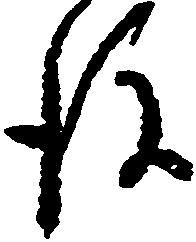
後